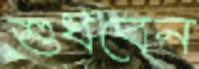
শুধবেন